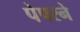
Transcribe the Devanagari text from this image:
पेपरने